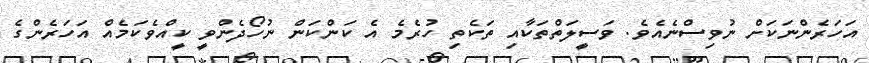
އަހަރެންނަކަށް ނުވިސްނެއެވެ. ވަސީލަތްތަކާއި ތަކެތި ހުރެމެ އެ ކަންކަން ނުހޯދެންވީ ކީއްވެކަމެއް އަހަރެންގެ